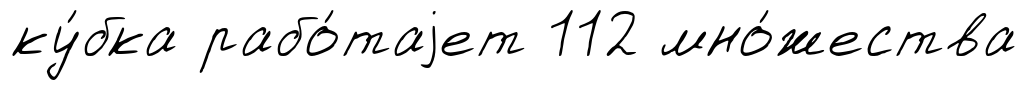
ку́бка рабо́таjет 112 мно́жества